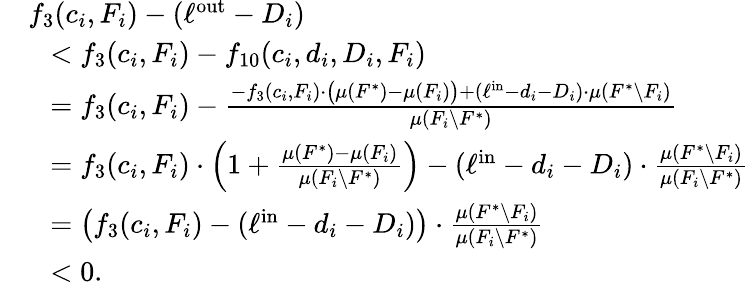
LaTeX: \begin{array}{rl}&{f_{3}(c_{i},F_{i})-(\ell^{\mathrm{out}}-D_{i})}\\ {}&{~~<f_{3}(c_{i},F_{i})-f_{10}(c_{i},d_{i},D_{i},F_{i})}\\ {}&{~~=f_{3}(c_{i},F_{i})-\frac{-f_{3}(c_{i},F_{i})\cdot\big(\mu(F^{*})-\mu(F_{i})\big)+(\ell^{\mathrm{in}}-d_{i}-D_{i})\cdot\mu(F^{*}\setminus F_{i})}{\mu(F_{i}\setminus F^{*})}}\\ {}&{~~=f_{3}(c_{i},F_{i})\cdot\left(1+\frac{\mu(F^{*})-\mu(F_{i})}{\mu(F_{i}\setminus F^{*})}\right)-(\ell^{\mathrm{in}}-d_{i}-D_{i})\cdot\frac{\mu(F^{*}\setminus F_{i})}{\mu(F_{i}\setminus F^{*})}}\\ {}&{~~=\big(f_{3}(c_{i},F_{i})-(\ell^{\mathrm{in}}-d_{i}-D_{i})\big)\cdot\frac{\mu(F^{*}\setminus F_{i})}{\mu(F_{i}\setminus F^{*})}}\\ {}&{~~<0.}\end{array}